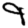
Digit: 9